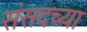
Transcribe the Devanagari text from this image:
संसदच्या